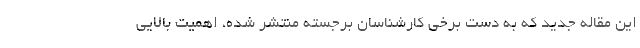
این مقاله جدید که به دست برخی کارشناسان برجسته منتشر شده، اهمیت بالایی